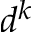
d ^ { k }